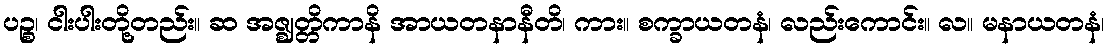
ပဉ္စ၊ ငါးပါးတို့တည်း။ ဆ အဇ္ဈတ္တိကာနိ အာယတနာနီတိ၊ ကား။ စက္ခာယတနံ၊ လည်းကောင်း။ လ။ မနာယတနံ၊